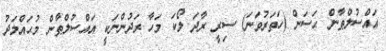
އައްސުލްޠާން ޙަސަން (ހަތަރުވަނަ) ސިރީ ރާދަ ލޯކަ މަހާ ރަދުންނަކީ އައްސުލްޠާން މުޙައްމަދު